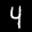
Label: 4